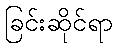
ခြင်းဆိုင်ရာ